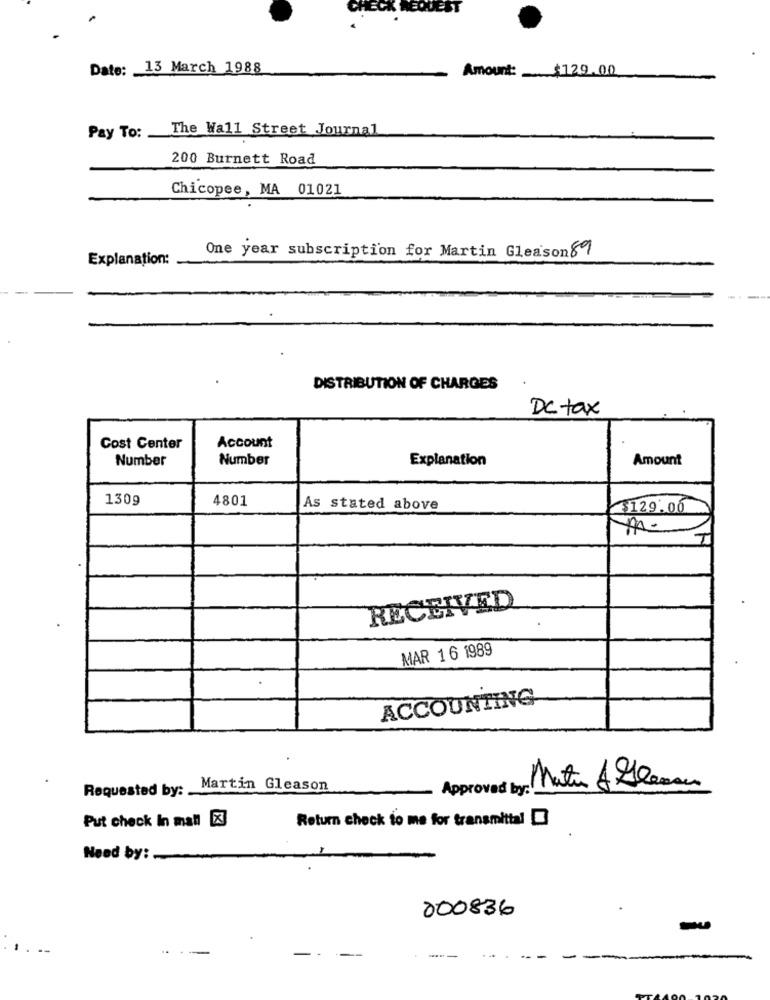
Date: 13 March 1988
Amount: $129.00
Pay To: The Wall Street Journal
200 Burnett Road
Chicopee, MA 01021
Explanation:
One year subscription for Martin Gleason 89
DISTRIBUTION OF CHARGES
DC tax
Account
Cost Center
Number
Number
Explanation
Amount
130g
4801
As stated above
$$129.00
RECEIVED
MAR 16 1989
ACCOUNTING
Requested by: _
Martin Gleason
Approved by:
Matin A Llevar
Put check In mall [X]
Return check to me for transmittal
Need by: -
000836
-